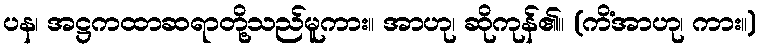
ပန၊ အဋ္ဌကထာဆရာတို့သည်မူကား။ အာဟု၊ ဆိုကုန်၏။ (ကိံအာဟု၊ ကား။)